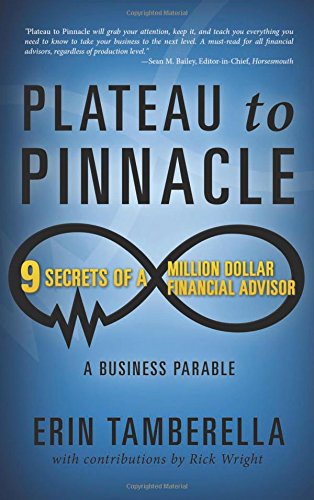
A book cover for Plateau to Pinnacle: 9 Secrets of a Million Dollar Financial Advisor; Erin Tamberella; Business & Money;